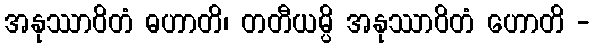
အနုဿာဝိတံ ဓဟာတိ၊ တတီယမ္ပိ အနုဿာဝိတံ ဟောတိ -